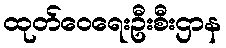
ထုတ်ဝေရေးဦးစီးဌာန